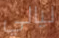
ليالي